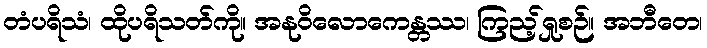
တံပရိသံ၊ ထိုပရိသတ်ကို။ အနုဝိလောကေန္တဿ၊ ကြည့်ရှုစဉ်။ အဘီတေ၊